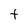
Character: t